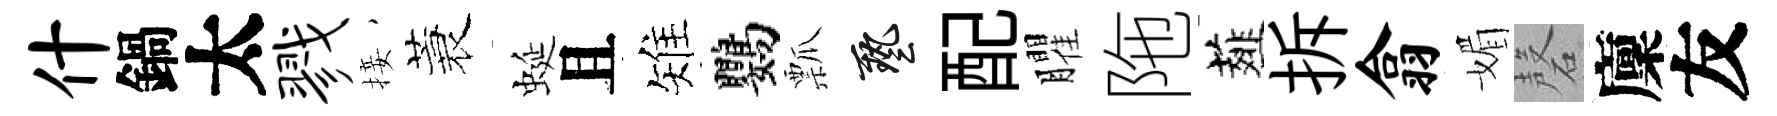
什鍋太戮接蓑蜒且雉鸚瓢藝配臞陁薤拆翕媚磬廩友